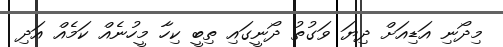
މިދޯނި އަޑިއަށް ދިޔަ ވަގުތު ދޯނީގައި ތިބީ ކިހާ މީހުނެއް ކަމެއް އަދި